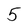
Character: 5